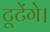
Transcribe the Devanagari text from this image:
टूटेंगे।